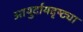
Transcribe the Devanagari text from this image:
आयुर्दायदृष्ट्या